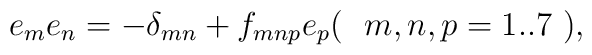
e_{m}e_{n}=-\delta _{mn}+f_{mnp}e_{p}(~{\ m,n,p=1..7}~),